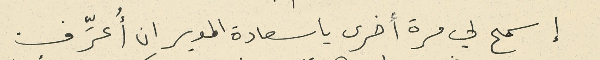
إسمح لي مرة أخرى يا سعادة المدير ان أُعرِّفْ